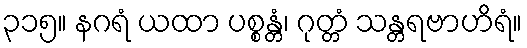
၃၁၅။ နဂရံ ယထာ ပစ္စန္တံ၊ ဂုတ္တံ သန္တရဗာဟိရံ။